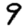
Digit: 9